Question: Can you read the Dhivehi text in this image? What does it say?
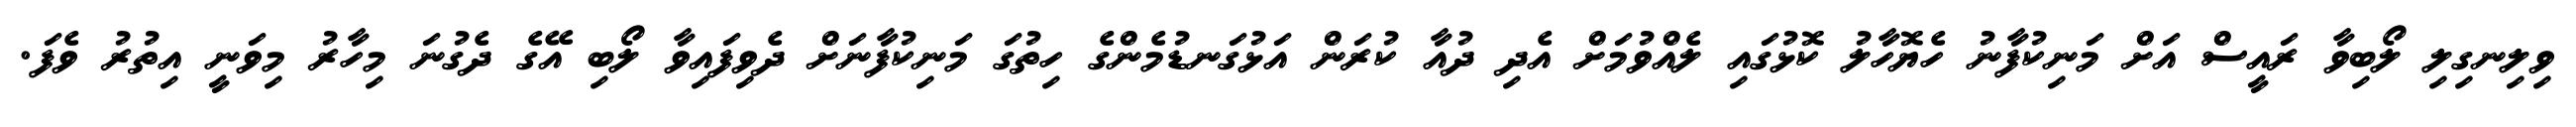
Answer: ވިލިނގިލި ލޯބިވާ ރައީސް އަށް މަނިކުފާނު ހެޔޮހާލު ކޮޅުގައި ލެއްވުމަށް އެދި ދުއާ ކުރަން އަޅުގަނޑުމެންގެ ހިތުގަ މަނިކުފާނަށް ދެވިފައިވާ ލޯބި އޭގެ ދެގުނަ މިހާރު މިވަނީ އިތުރު ވެފަ.